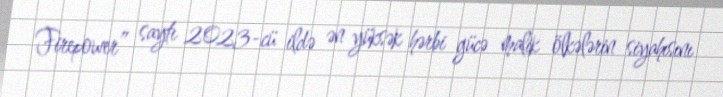
Firepower” saytı 2023-cü ildə ən yüksək hərbi gücə malik ölkələrin siyahısını